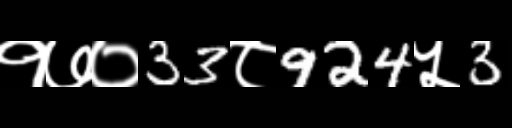
Text: १७०33८924५3